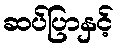
ဆပ်ပြာနှင့်